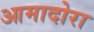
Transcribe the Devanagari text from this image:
आमादोरा